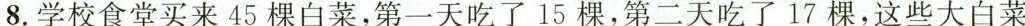
8.学校食堂买来45棵白菜，第一天吃了15棵，第二天吃了17棵，这些大白菜